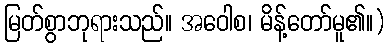
မြတ်စွာဘုရားသည်။ အဝေါစ၊ မိန့်တော်မူ၏။)